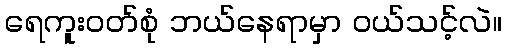
ရေကူးဝတ်စုံ ဘယ်နေရာမှာ ဝယ်သင့်လဲ။